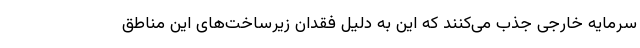
سرمایه خارجی جذب می‌کنند که این به دلیل فقدان زیرساخت‌های این مناطق